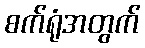
စက်ရုံအတွက်